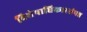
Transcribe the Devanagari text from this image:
विशेषाधिकारसंपन्न